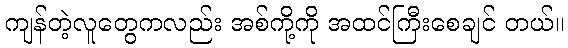
ကျန်တဲ့လူတွေကလည်း အစ်ကို့ကို အထင်ကြီးစေချင် တယ်။